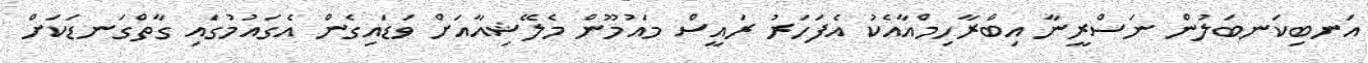
އަނބިކަނބަލުން ނަސްރީނާ އިބްރާހިމްއާއެކު އެފަހަރު ރައީސް މައުމޫން މެލޭޝިއާއަށް ވަޑައިގެން އެގައުމުގައި ގާތްގަނޑަކަށް